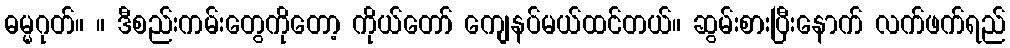
ဓမ္မဂုတ်။ ။ ဒီစည်းကမ်းတွေကိုတော့ ကိုယ်တော် ကျေနပ်မယ်ထင်တယ်။ ဆွမ်းစားပြီးနောက် လက်ဖက်ရည်